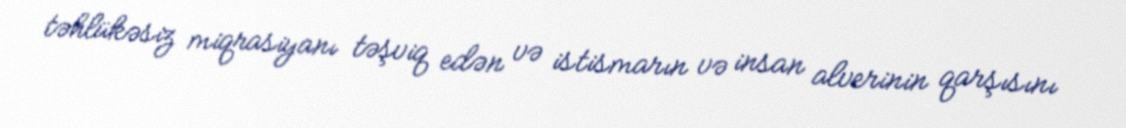
təhlükəsiz miqrasiyanı təşviq edən və istismarın və insan alverinin qarşısını